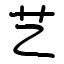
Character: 艺